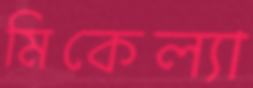
মিকেল্যা